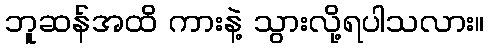
ဘူဆန်အထိ ကားနဲ့ သွားလို့ရပါသလား။